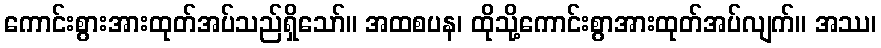
ကောင်းစွားအားထုတ်အပ်သည်ရှိသော်။ အထစပန၊ ထိုသို့ကောင်းစွာအားထုတ်အပ်လျက်။ အဿ၊